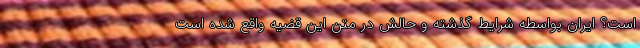
است؟ ایران بواسطه شرایط گذشته و حالش در متن این قضیه واقع شده است